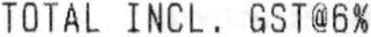
TOTAL INCL . GST @6%